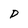
Character: D